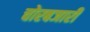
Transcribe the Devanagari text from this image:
चोरबजारी